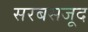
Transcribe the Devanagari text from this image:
सरबसजूद